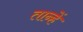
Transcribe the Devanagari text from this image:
तान्हें